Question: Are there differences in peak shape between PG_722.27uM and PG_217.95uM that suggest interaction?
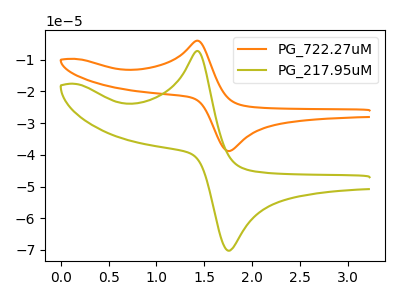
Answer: <think>The orange curve "PG_722.27uM" has an anodic peak at (1.45V, -4.00uA) and a cathodic peak at (1.75V, -38.80uA). The olive curve "PG_217.95uM" has an anodic peak at (1.45V, -7.25uA) and a cathodic peak at (1.75V, -70.20uA).
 All the peaks in "PG_722.27uM" have a peak in "PG_217.95uM" at the same potential.</think>
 <answer>No, "PG_722.27uM" and "PG_217.95uM" don't appear to be significantly different in shape</answer>
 <eval>no_change</eval>